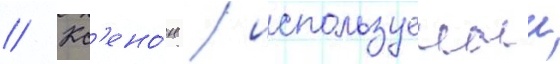
// Кс'ено́н / используемыи